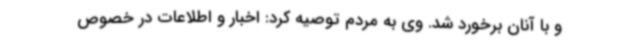
و با آنان برخورد شد. وی به مردم توصیه کرد: اخبار و اطلاعات در خصوص